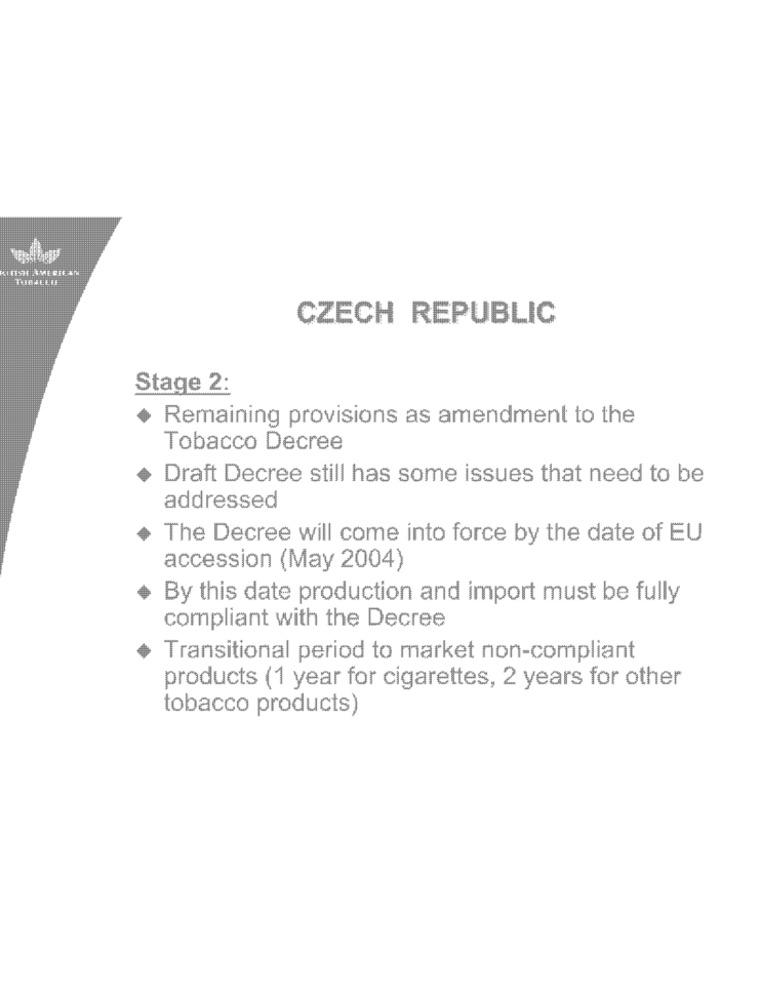
CZECH REPUBLIC
Stage 2:
Remaining provisions as amendment to the
Tobacco Decree
Draft Decree still has some issues that need to be
addressed
The Decree will come into force by the date of EU
accession (May 2004)
By this date production and import must be fully
compliant with the Decree
Transitional period to market non-compliant
products (1 year for cigarettes, 2 years for other
tobacco products)